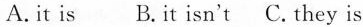
A.it is B.it isn't C.they is